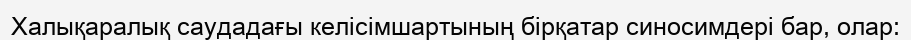
Халықаралық саудадағы келісімшартының бірқатар синосимдері бар, олар: